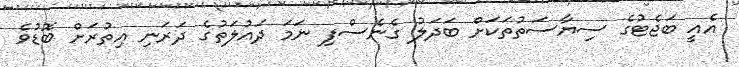
އެއީ ބަޖެޓުގެ ސިޔާސަތުތަކަށް ބަދަލު ގެނެސްފި ނަމަ ދައުލަތުގެ ދަރަނި އިތުރަށް ބޮޑުވެ